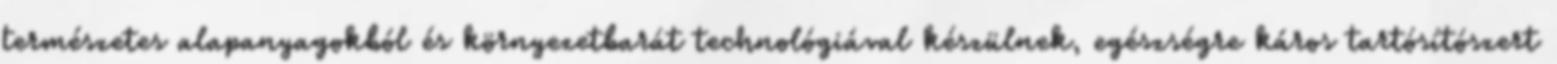
természetes alapanyagokból és környezetbarát technológiával készülnek, egészségre káros tartósítószert